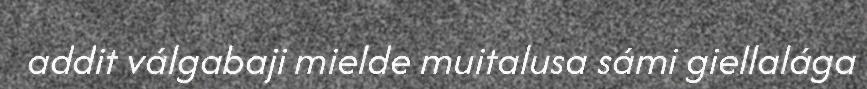
addit válgabaji mielde muitalusa sámi giellalága